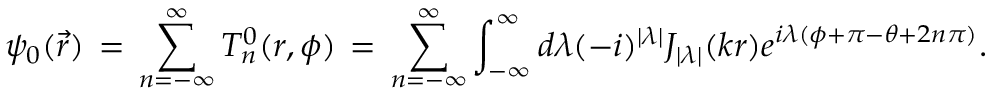
\psi _ { 0 } ( \vec { r } ) \, = \, \sum _ { n = - \infty } ^ { \infty } T _ { n } ^ { 0 } ( r , \phi ) \, = \, \sum _ { n = - \infty } ^ { \infty } \int _ { - \infty } ^ { \infty } d \lambda ( - i ) ^ { | \lambda | } J _ { | \lambda | } ( k r ) e ^ { i \lambda ( \phi + \pi - \theta + 2 n \pi ) } .